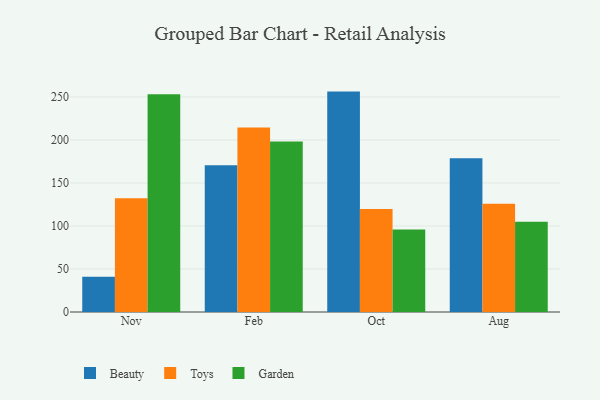
{"axis": {"x": "Month", "y": "Inventory Turnover"}, "legend": ["Beauty", "Garden", "Toys"], "data": [{"x": "Nov", "y": 41.1, "type": "Beauty"}, {"x": "Nov", "y": 132.2, "type": "Toys"}, {"x": "Nov", "y": 253.1, "type": "Garden"}, {"x": "Feb", "y": 170.6, "type": "Beauty"}, {"x": "Feb", "y": 214.4, "type": "Toys"}, {"x": "Feb", "y": 198.3, "type": "Garden"}, {"x": "Oct", "y": 256.2, "type": "Beauty"}, {"x": "Oct", "y": 119.6, "type": "Toys"}, {"x": "Oct", "y": 95.8, "type": "Garden"}, {"x": "Aug", "y": 178.8, "type": "Beauty"}, {"x": "Aug", "y": 125.8, "type": "Toys"}, {"x": "Aug", "y": 105.0, "type": "Garden"}]}